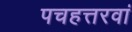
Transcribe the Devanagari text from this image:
पचहत्तरवां